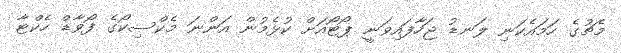
މެޗުގެ ހަމައެކަނި ލަނޑު ޖަހާފައިވަނީ ޕޯޓޯއަށް ކުޅެމުން އަންނަ މެކްސިކޯގެ ފޯވާޑް ހެކްޓާ